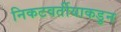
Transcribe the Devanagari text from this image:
निकटवर्तीयाकडुन